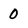
Character: 0